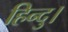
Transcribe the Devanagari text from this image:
हिन्दु।